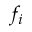
f _ { i }